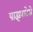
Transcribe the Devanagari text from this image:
पाझरलेले